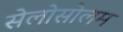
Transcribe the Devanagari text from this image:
सेलोसोलम